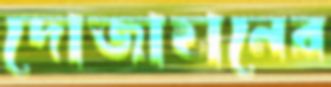
দোজাহানের